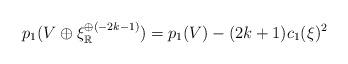
LaTeX: \begin{align*}p_1(V\oplus \xi_\mathbb{R}^{\oplus (-2k-1)})=p_1(V)-(2k+1)c_1(\xi)^2\end{align*}